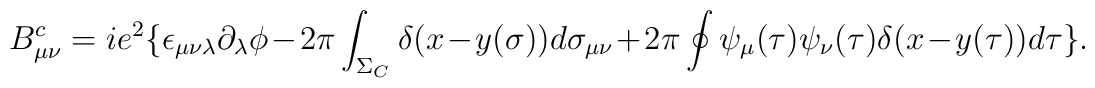
B_{\mu\nu}^{c} =     ie^{2}\{\epsilon_{\mu\nu\lambda}\partial_{\lambda}\phi    -2\pi\int_{\Sigma_{C}}\delta (x-y(\sigma))d\sigma_{\mu\nu}    +2\pi\oint \psi_{\mu}(\tau) \psi_{\nu}(\tau) \delta     (x-y(\tau))d\tau    \}.